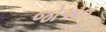
જોએન